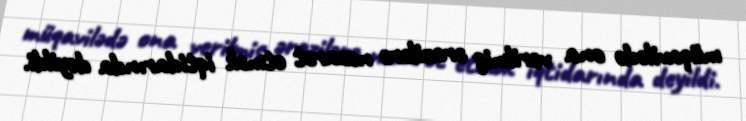
müqavilədə ona verilmiş ərazilərə nəzarət etmək iqtidarında deyildi.